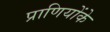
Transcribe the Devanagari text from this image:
प्राणियोंके